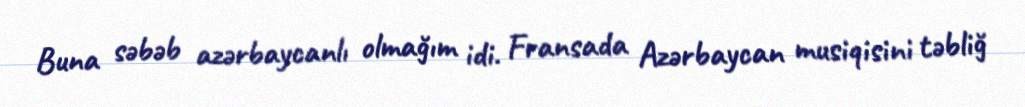
Buna səbəb azərbaycanlı olmağım idi. Fransada Azərbaycan musiqisini təbliğ